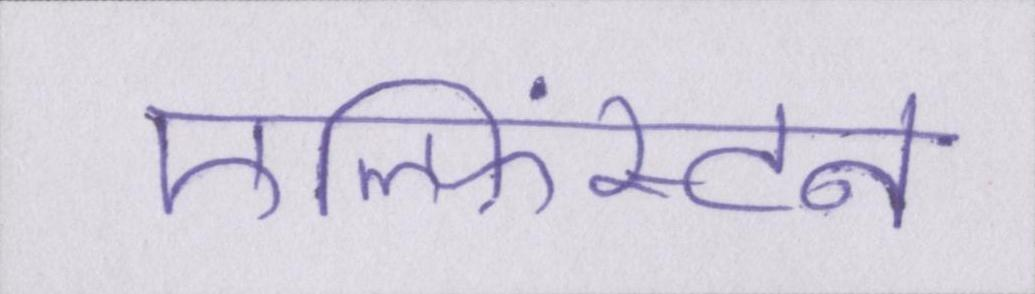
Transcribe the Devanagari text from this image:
एल्फिंस्टन